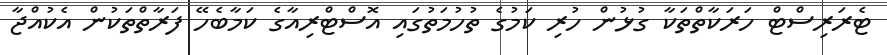
ޓެރަރިސްޓް ހަރަކާތްތަކާ ގުޅުން ހުރި ކަމުގެ ތުހުމަތުގައި އޮސްޓްރިއާގެ ކަމާބެހޭ ފަރާތްތަކުން އެކުއްޖާ